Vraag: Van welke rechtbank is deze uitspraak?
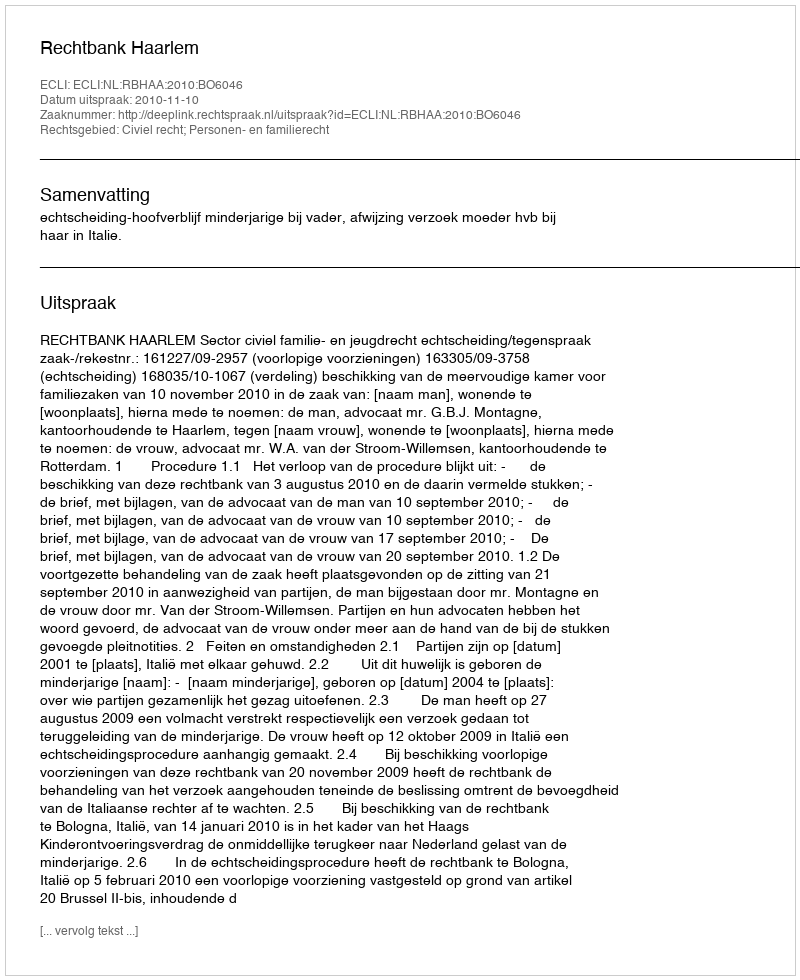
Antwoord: Rechtbank Haarlem